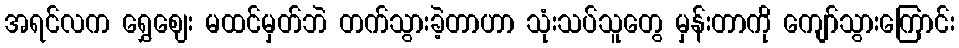
အရင်လက ရွှေဈေး မထင်မှတ်ဘဲ တက်သွားခဲ့တာဟာ သုံးသပ်သူတွေ မှန်းတာကို ကျော်သွားကြောင်း